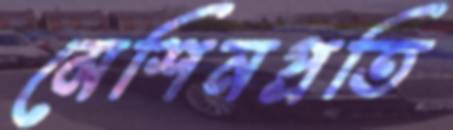
মেশিনপ্রতি